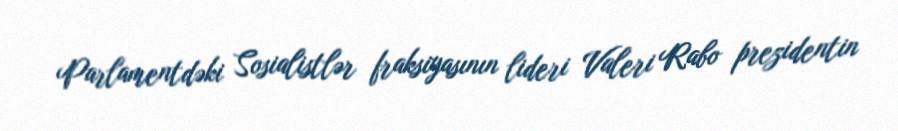
Parlamentdəki Sosialistlər fraksiyasının lideri Valeri Rabo prezidentin